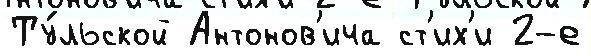
Ту́льской Антонов'ича ст'их'и 2-е